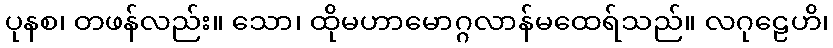
ပုနစ၊ တဖန်လည်း။ သော၊ ထိုမဟာမောဂ္ဂလာန်မထေရ်သည်။ လဂုဠေဟိ၊